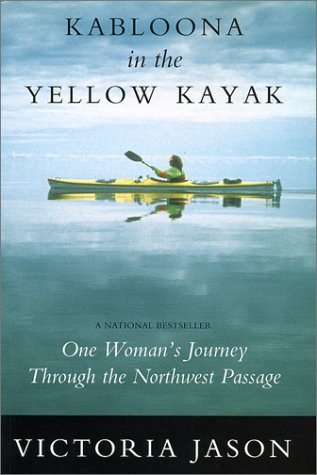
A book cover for Kabloona in the Yellow Kayak: One Woman's Journey Through the North West Passage; Victoria Jason; Sports & Outdoors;